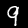
Label: 9